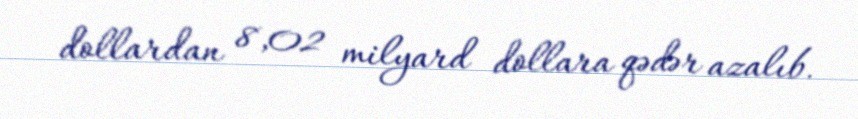
dollardan 8,02 milyard dollara qədər azalıb.